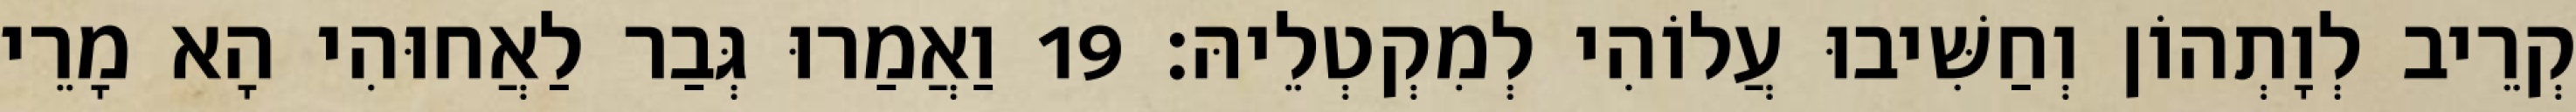
קְרֵיב לְוָתְהוֹן וְחַשִּׁיבוּ עֲלוֹהִי לְמִקְטְלֵיהּ׃ 19 וַאֲמַרוּ גְּבַר לַאֲחוּהִי הָא מָרֵי